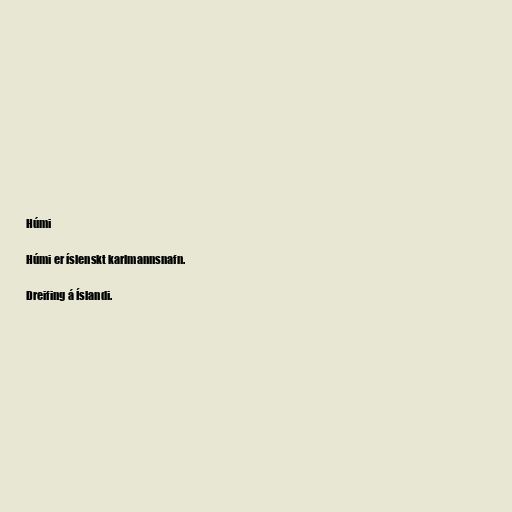
Húmi

Húmi er íslenskt karlmannsnafn.

Dreifing á Íslandi.